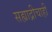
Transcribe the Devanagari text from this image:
सह्याद्रीचाही